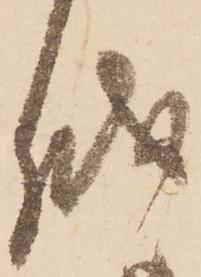
越